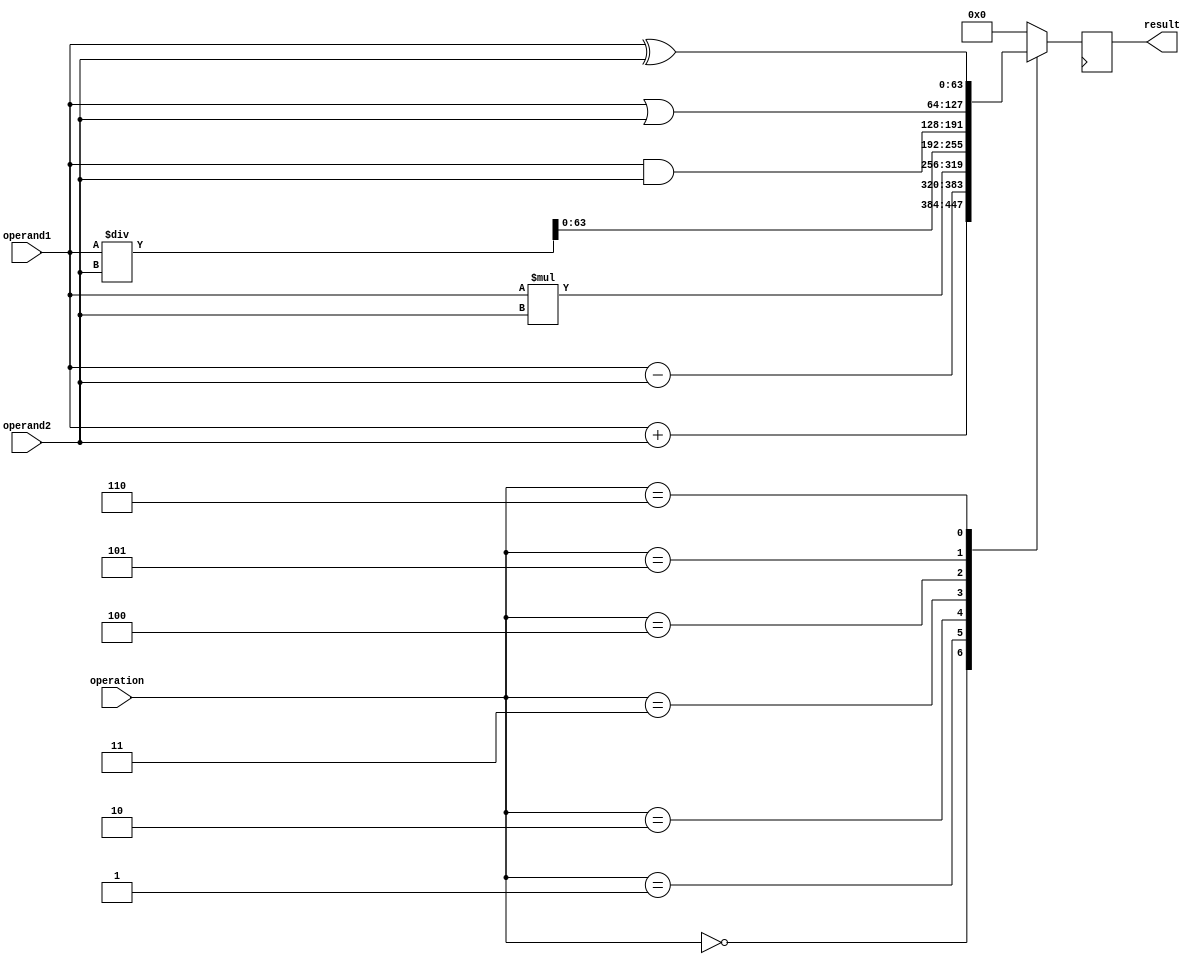
module Arithmetic_ALU (
    input [63:0] operand1,
    input [63:0] operand2,
    input [3:0] operation,
    output reg [63:0] result
);

reg [64:0] temp_result;

always @(*) begin
    case(operation)
        4'b0000: temp_result = operand1 + operand2; // Addition
        4'b0001: temp_result = operand1 - operand2; // Subtraction
        4'b0010: temp_result = operand1 * operand2; // Multiplication
        4'b0011: temp_result = operand1 / operand2; // Division
        4'b0100: temp_result = operand1 & operand2; // Bitwise AND
        4'b0101: temp_result = operand1 | operand2; // Bitwise OR
        4'b0110: temp_result = operand1 ^ operand2; // Bitwise XOR
        default: temp_result = 64'b0; // Default case
    endcase
end

always @(posedge clk) begin
    result <= temp_result[63:0]; // Output the result
end

endmodule